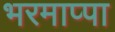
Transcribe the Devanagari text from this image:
भरमाप्पा